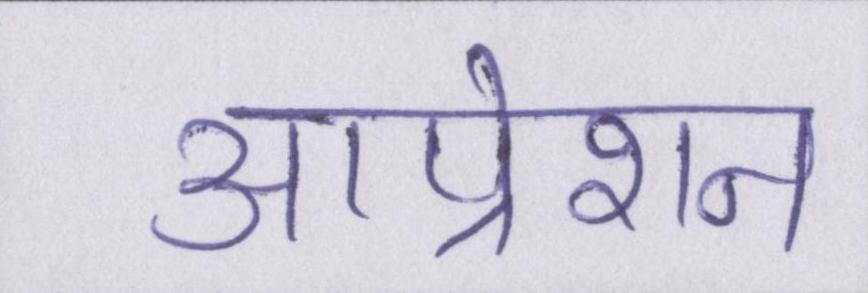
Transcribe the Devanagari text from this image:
आप्रेशन